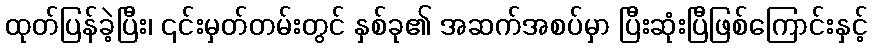
ထုတ်ပြန်ခဲ့ပြီး၊ ၎င်းမှတ်တမ်းတွင် နှစ်ခု၏ အဆက်အစပ်မှာ ပြီးဆုံးပြီဖြစ်ကြောင်းနှင့်